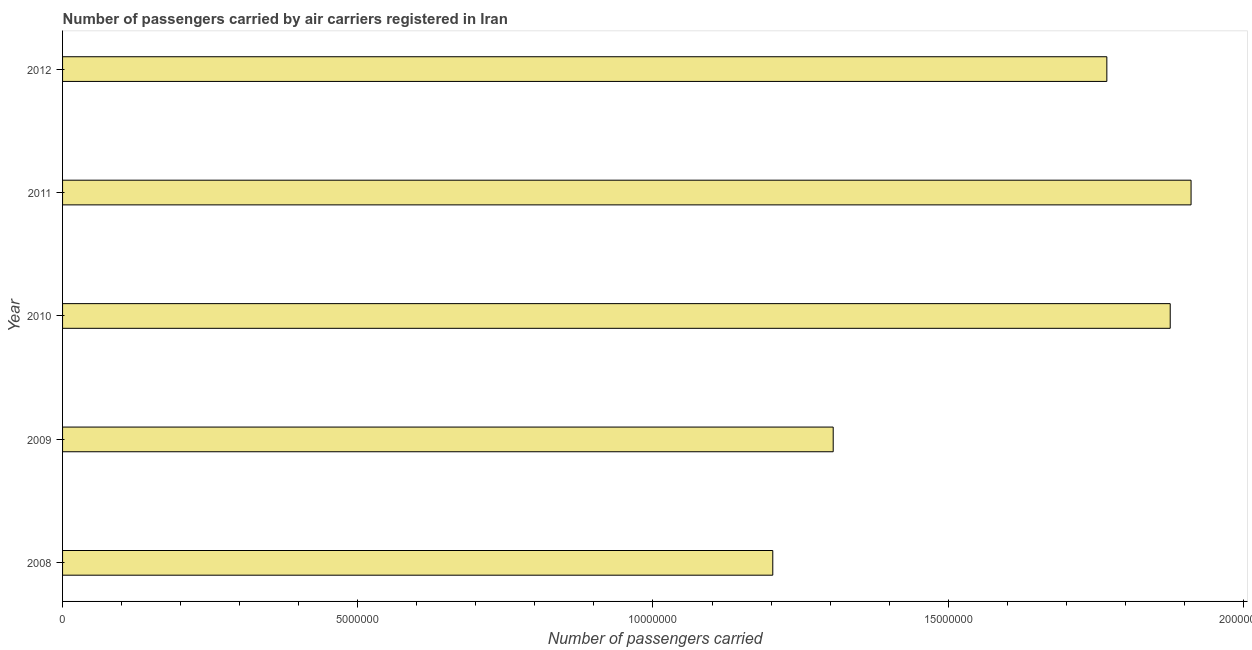
| Year | Air transport |
 | --- | --- |
 | 2008 | 1.2e+07 |
 | 2009 | 1.31e+07 |
 | 2010 | 1.88e+07 |
 | 2011 | 1.91e+07 |
 | 2012 | 1.77e+07 |